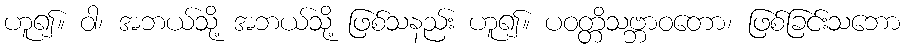
ဟူ၍။ ဝါ၊ အဘယ်သို့ အဘယ်သို့ ဖြစ်သနည်း ဟူ၍။ ပဝတ္တိသဗ္ဘာဝတော၊ ဖြစ်ခြင်းသဘော